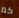
كم